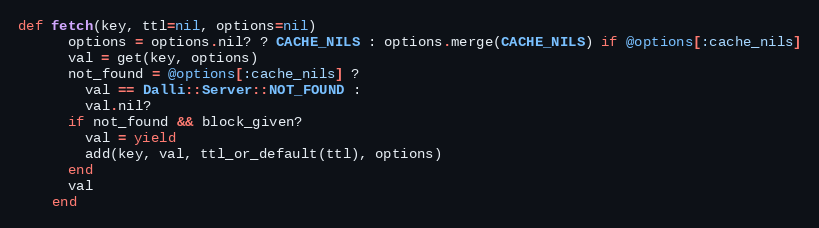
Language: Ruby
def fetch(key, ttl=nil, options=nil)
      options = options.nil? ? CACHE_NILS : options.merge(CACHE_NILS) if @options[:cache_nils]
      val = get(key, options)
      not_found = @options[:cache_nils] ?
        val == Dalli::Server::NOT_FOUND :
        val.nil?
      if not_found && block_given?
        val = yield
        add(key, val, ttl_or_default(ttl), options)
      end
      val
    end